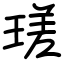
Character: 瑳